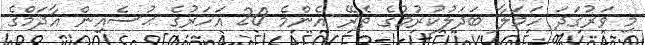
މި ވަރުގަދަ ހަމަލާ ބަދަލުކުރުމުގެ ތެރޭ އެންމެ 20 އަހަރުގެ ޙުސެއިން އާދަމްގެ